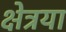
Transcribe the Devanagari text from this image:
क्षेत्रया